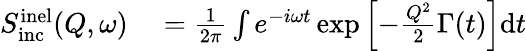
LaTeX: \begin{array}{rl}{S_{\mathrm{inc}}^{\mathrm{inel}}(Q,\omega)}&{{}=\frac{1}{2\pi}\int e^{-i\omega t}\exp\left[-\frac{Q^{2}}{2}\Gamma(t)\right]\mathrm{d}t}\end{array}